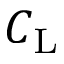
C _ { \mathrm { { L } } }